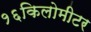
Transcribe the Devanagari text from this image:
१६किलोमीटर